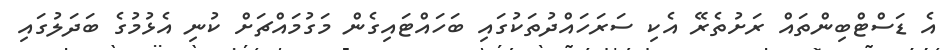
އެ ޑަސްޓްބިންތައް ރަށުތެރޭ އެކި ސަރަހައްދުތަކުގައި ބަހައްޓައިގެން މަގުމައްޗަށް ކުނި އެޅުމުގެ ބަދަލުގައި